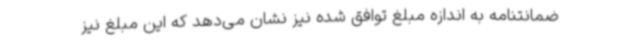
ضمانتنامه به اندازه مبلغ توافق شده نیز نشان می‌دهد که این مبلغ نیز